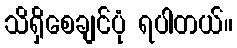
သိရှိစေချင်ပုံ ရပါတယ်။